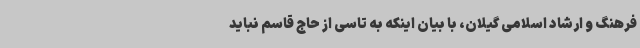
فرهنگ و ارشاد اسلامی گیلان، با بیان اینکه به تاسی از حاج قاسم نباید